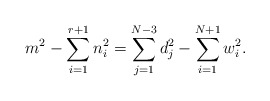
\begin{align*}m^{2}-\sum_{i=1}^{r+1} n_{i}^{2}=\sum_{j=1}^{N-3}d_{j}^{2} -\sum_{i=1}^{N+1}w_{i}^{2}.\end{align*}